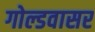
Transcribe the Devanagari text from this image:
गोल्डवासर